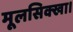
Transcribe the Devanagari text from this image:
मूलसिक्खा।